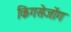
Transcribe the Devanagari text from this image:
किंगसेजोंग